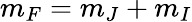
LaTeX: m_{F}=m_{J}+m_{I}